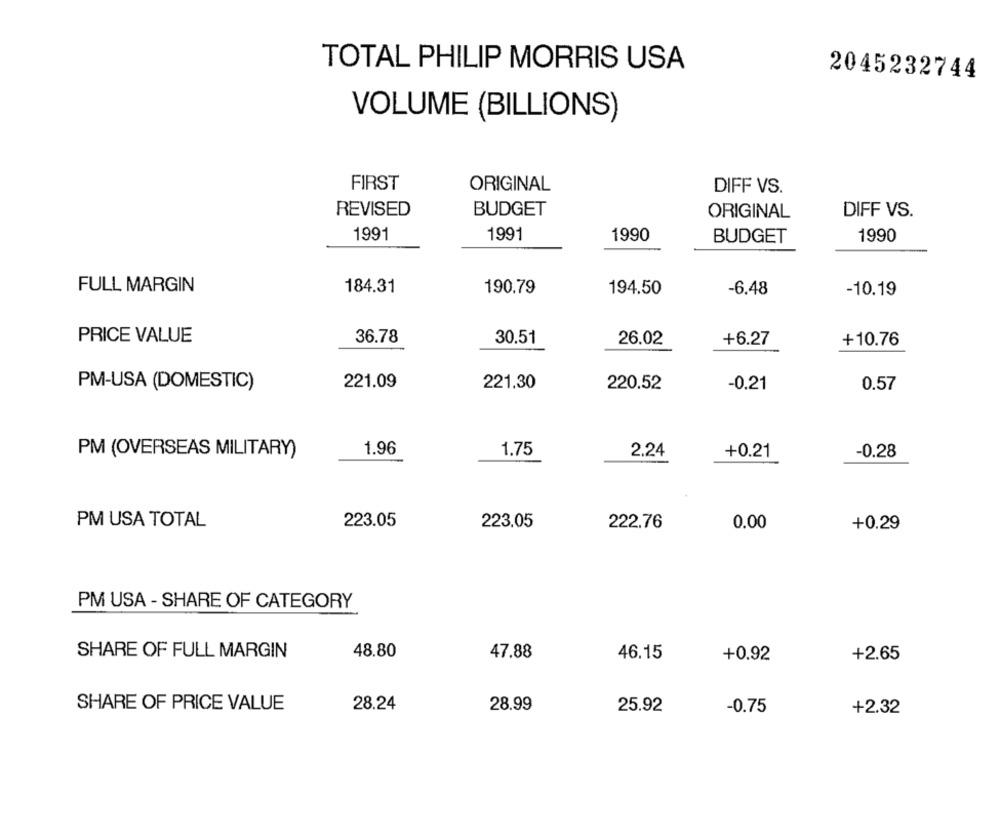
TOTAL PHILIP MORRIS USA
2045232744
VOLUME (BILLIONS)
FIRST
ORIGINAL
DIFF VS.
REVISED
BUDGET
ORIGINAL
DIFF VS.
1991
1991
1990
BUDGET
1990
FULL MARGIN
184.31
190.79
194.50
-6.48
-10.19
PRICE VALUE
36.78
30.51
26.02
+6.27
+10.76
221.09
221.30
PM-USA (DOMESTIC)
220.52
-0.21
0.57
1.96
1.75
2.24
-0.28
PM (OVERSEAS MILITARY)
+0.21
PM USA TOTAL
223.05
223.05
222.76
0.00
+0.29
PM USA - SHARE OF CATEGORY
48.80
47.88
SHARE OF FULL MARGIN
46.15
+0.92
+2.65
SHARE OF PRICE VALUE
28.24
28.99
25.92
-0.75
+2.32